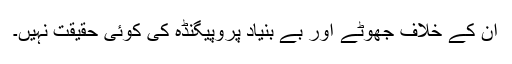
ان کے خلاف جھوٹے اور بے بنیاد پروپیگنڈہ کی کوئی حقیقت نہیں۔